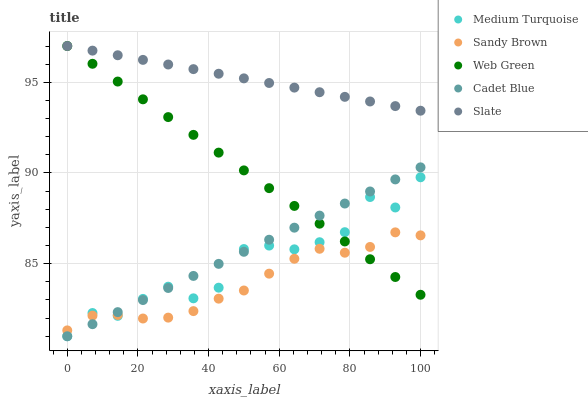
| xaxis_label | Medium Turquoise | Sandy Brown | Web Green | Cadet Blue | Slate |
 | --- | --- | --- | --- | --- | --- |
 | 0 | 81 | 81.3 | 97 | 81 | 97 |
 | 7.14 | 82.3 | 82.1 | 96 | 81.7 | 96.7 |
 | 14.3 | 82.1 | 82.2 | 95 | 82.3 | 96.5 |
 | 21.4 | 83.1 | 82 | 94.1 | 83 | 96.2 |
 | 28.6 | 83.7 | 82 | 93.1 | 83.7 | 96 |
 | 35.7 | 83.1 | 82.4 | 92.1 | 84.3 | 95.7 |
 | 42.9 | 83.7 | 83.1 | 91.1 | 85 | 95.5 |
 | 50 | 85.8 | 83.5 | 90.1 | 85.7 | 95.2 |
 | 57.1 | 86 | 84.5 | 89.2 | 86.3 | 95 |
 | 64.3 | 85.8 | 85.3 | 88.2 | 87 | 94.7 |
 | 71.4 | 86.2 | 85.8 | 87.2 | 87.7 | 94.5 |
 | 78.6 | 86.7 | 85.6 | 86.2 | 88.3 | 94.2 |
 | 85.7 | 88.7 | 85.9 | 85.2 | 89 | 93.9 |
 | 92.9 | 88.1 | 86.7 | 84.3 | 89.6 | 93.7 |
 | 100 | 89.8 | 86.6 | 83.3 | 90.3 | 93.4 |